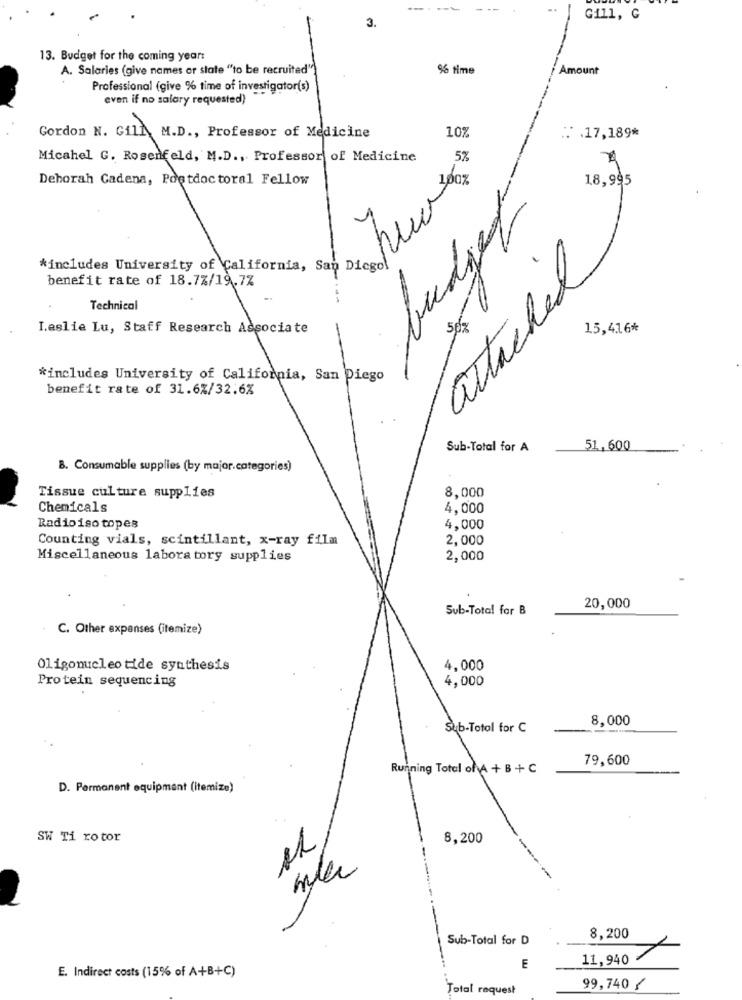
..
3.
Gill, G
13. Budget for the coming year:
A. Salaries (give names or state "to be recruited")
% time
Amount
Professional (give % time of investigator(s)
even if no salary requested)
Gordon N. Gill, M.D ., Professor of Medicine
10%
₩. 17,189*
Micahel G. Rosenfeld, M.D ., Professor of Medicine
5%
Deborah Cadena, Poetdoctoral Fellow
18,995
budget
*includes University of California, San Diegol
attached
benefit rate of 18.7%/19.7%
---
Technical
Leslie Lu, Staff Research Associate
15,416*
*includes University of California, San Diego
benefit rate of 31.6%/32.6%
Sub-Total for A
51,600
8. Consumable supplies (by major.categories)
8,000
Tissue culture supplies
Chemicals
4.000
Radioiso topes
4,000
Counting vials, scintillant, x-ray film
2,000
Miscellaneous laboratory supplies
2,000
Sub-Total for B
20,000
C. Other expenses (itemize)
Oligonucleotide synthesis
4,000
Protein sequencing
4,000
8.000
Sub-Total for C
79,600
Running Total of A + B + C
D. Permanent equipment (itemize)
SW Ti rotor
8.200
11
-
Sub-Total for D
8,200
11,940 -
E
E. Indirect costs (15% of A+B+C)
Total request
99,740 /